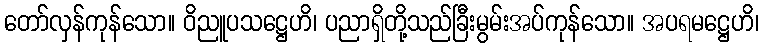
တော်လှန်ကုန်သော။ ဝိညူပသဋ္ဌေဟိ၊ ပညာရှိတို့သည်ခြီးမွမ်းအပ်ကုန်သော။ အပရမဋ္ဌေဟိ၊